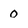
Character: 0